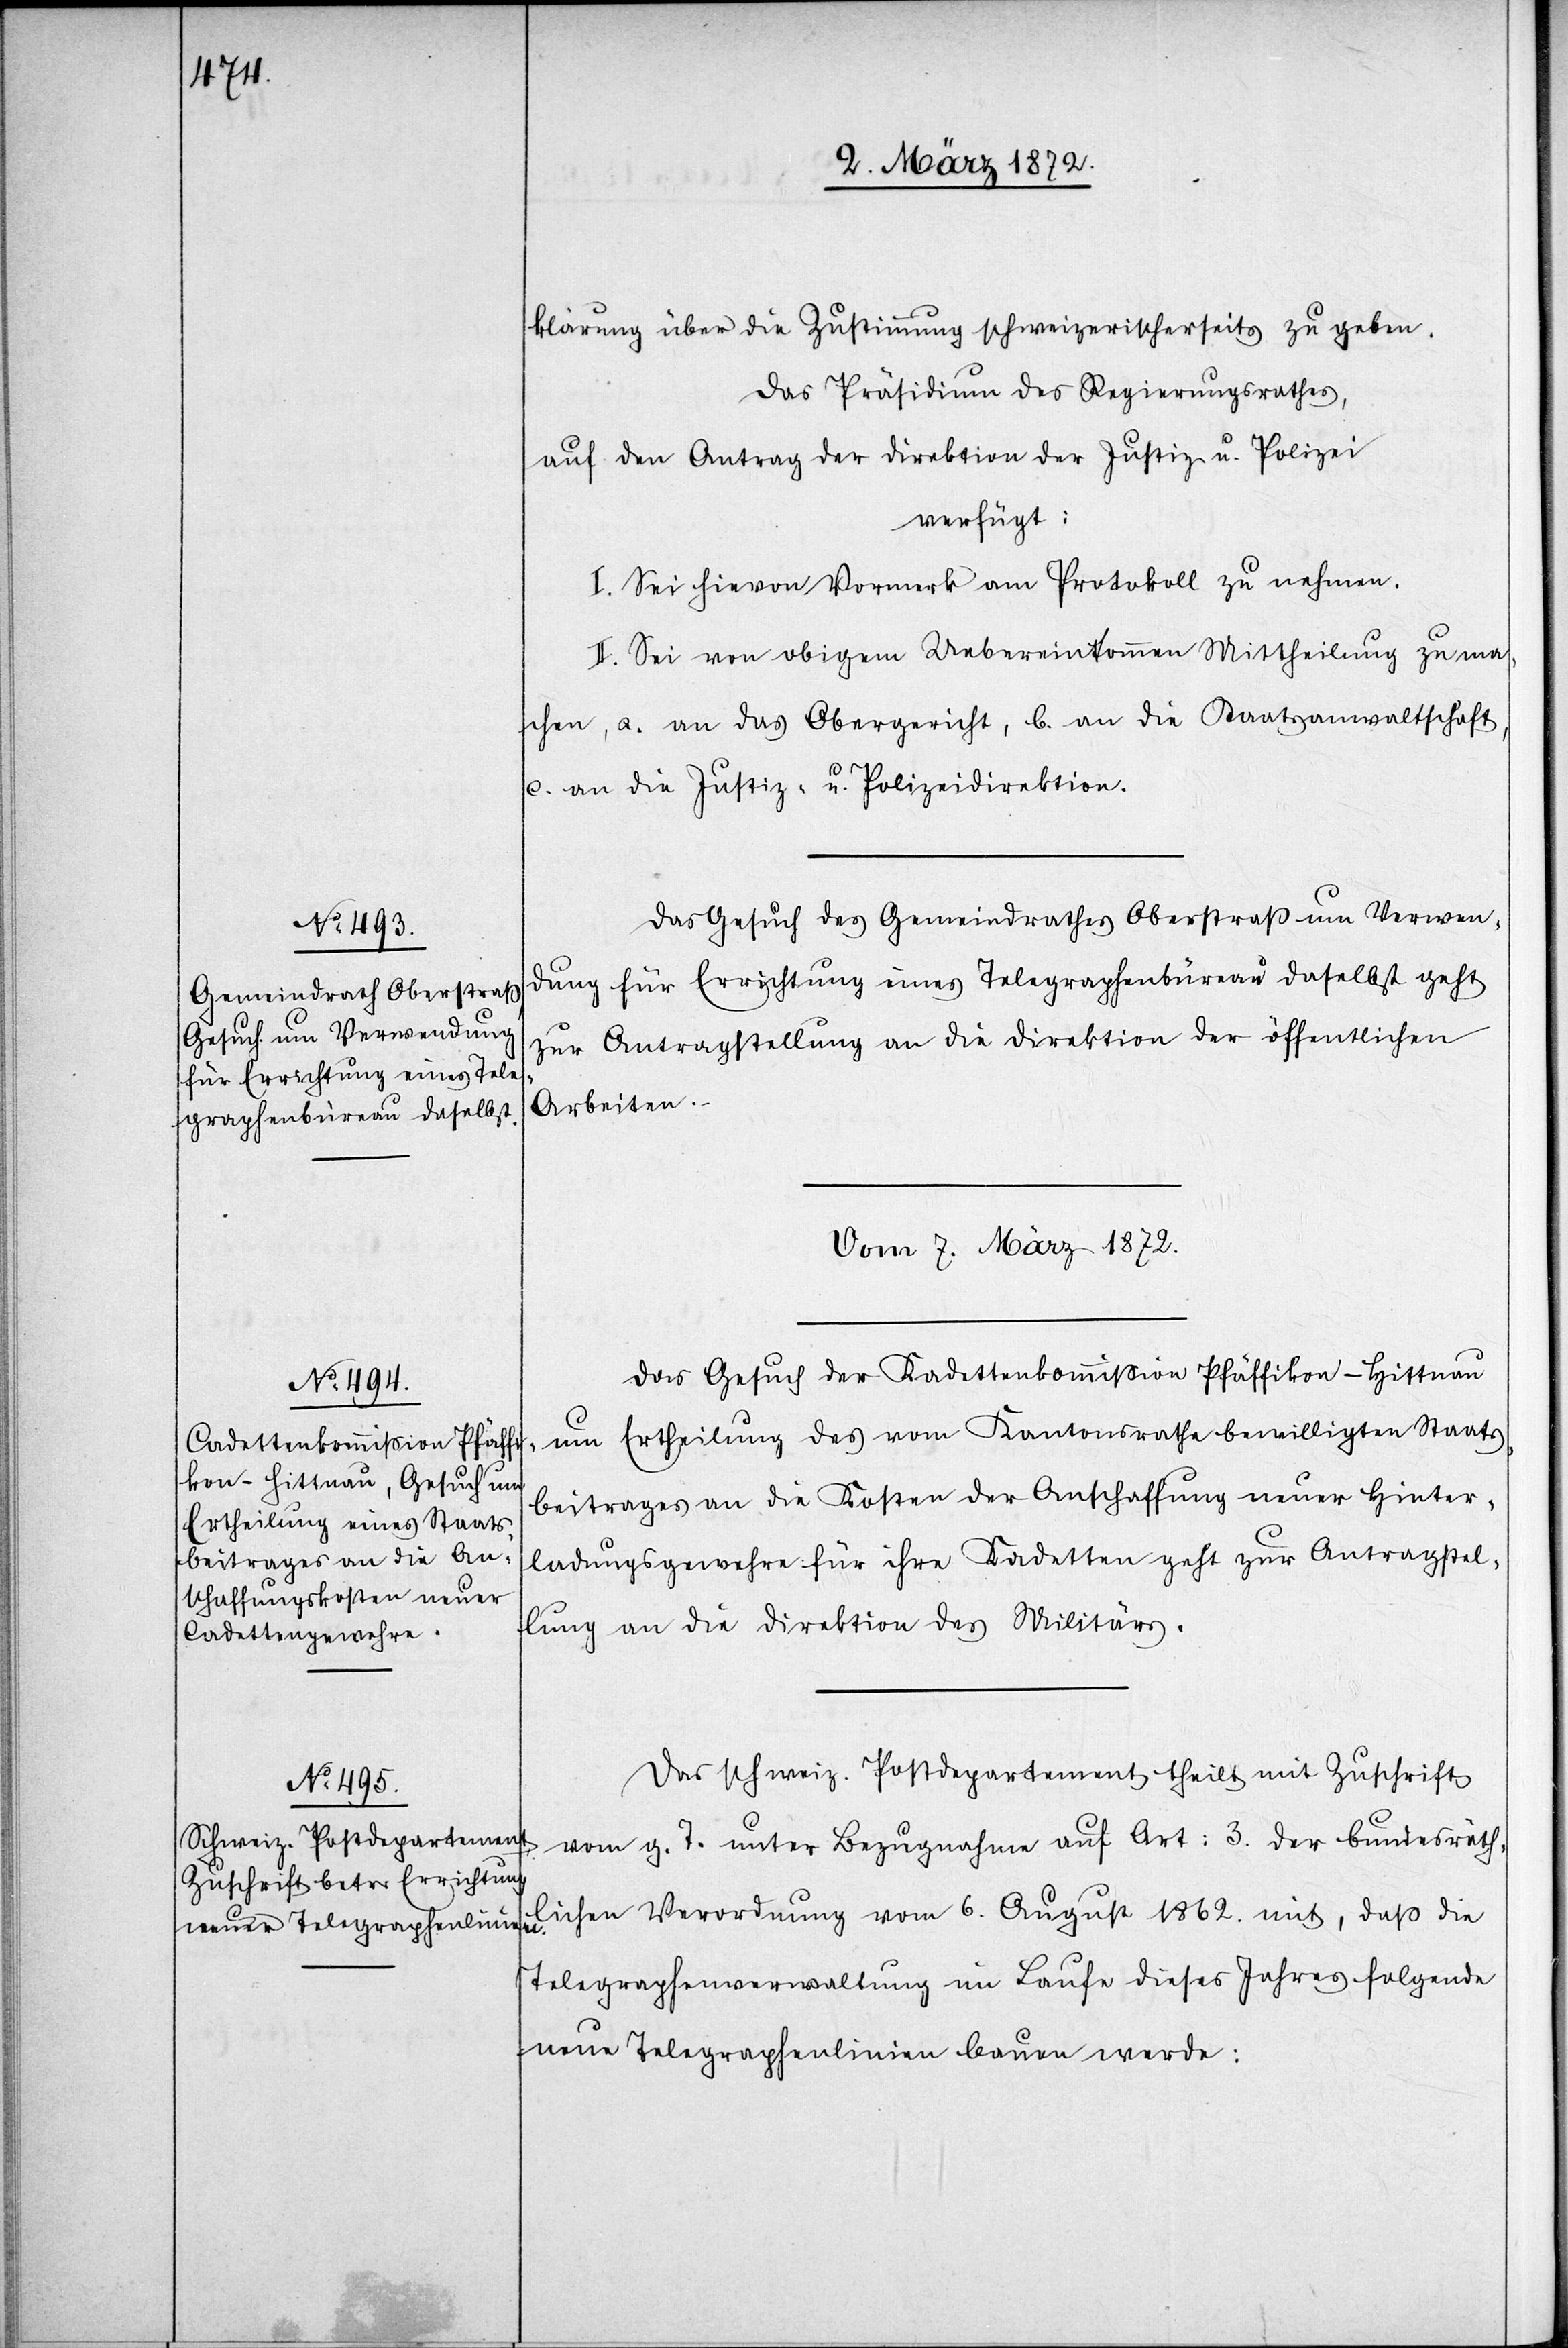
klärung über die Zustimmung schweizerischerseits zu geben.
Das Präsidium des Regierungsrathes,
verfügt:
I. Sei hievon Vormerk am Protokoll zu nehmen.
II. Sei von obigem Uebereinkommen Mittheilung zu ma¬
chen, a. an das Obergericht, b. an die Staatsanwaltschaft,
c. an die Justiz- u. Polizeidirektion.
Das Gesuch des Gemeindrathes Oberstraß um Verwen¬
dung für Errichtung eines Telegraphenbüreau daselbst geht
zur Antragstellung an die Direktion der öffentlichen
Arbeiten.
vom 7. März 1872.]
Das Gesuch der Kadettenkommission Pfäffikon-Hittnau
um Ertheilung des vom Kantonsrathe bewilligten Staats¬
beitrages an die Kosten der Anschaffung neuer Hinter¬
ladungsgewehre für ihre Kadetten geht zur Antragstel¬
lung an die Direktion des Militärs.
Das schweiz. Postdepartement theilt mit Zuschrift
vom g. T. unter Bezugnahme auf Art: 3. der bundesräth¬
lichen Verordnung vom 6. August 1862. mit, daß die
u.
Telegraphenverwaltung im Laufe dieses Jahres folgende
neue Telegraphenlinien bauen werde: